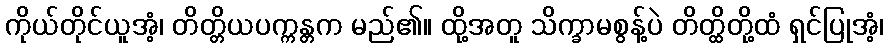
ကိုယ်တိုင်ယူအံ့၊ တိတ္တိယပက္ကန္တက မည်၏။ ထို့အတူ သိက္ခာမစွန့်ပဲ တိတ္ထိတို့ထံ ရှင်ပြုအံ့၊